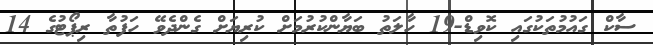
ސާކް ގައުމުތަކުގައި ކޮވިޑް-19 ހާލަތު ބަޔާންކުރުމަށް ކުރިޔަށް ގެންދެވޭ ހަފުތާ ރިޕޯޓުގެ 14